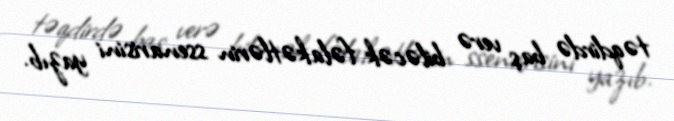
təqdirdə baş verə biləcək fəlakətlərin ssenarisini yazıb.